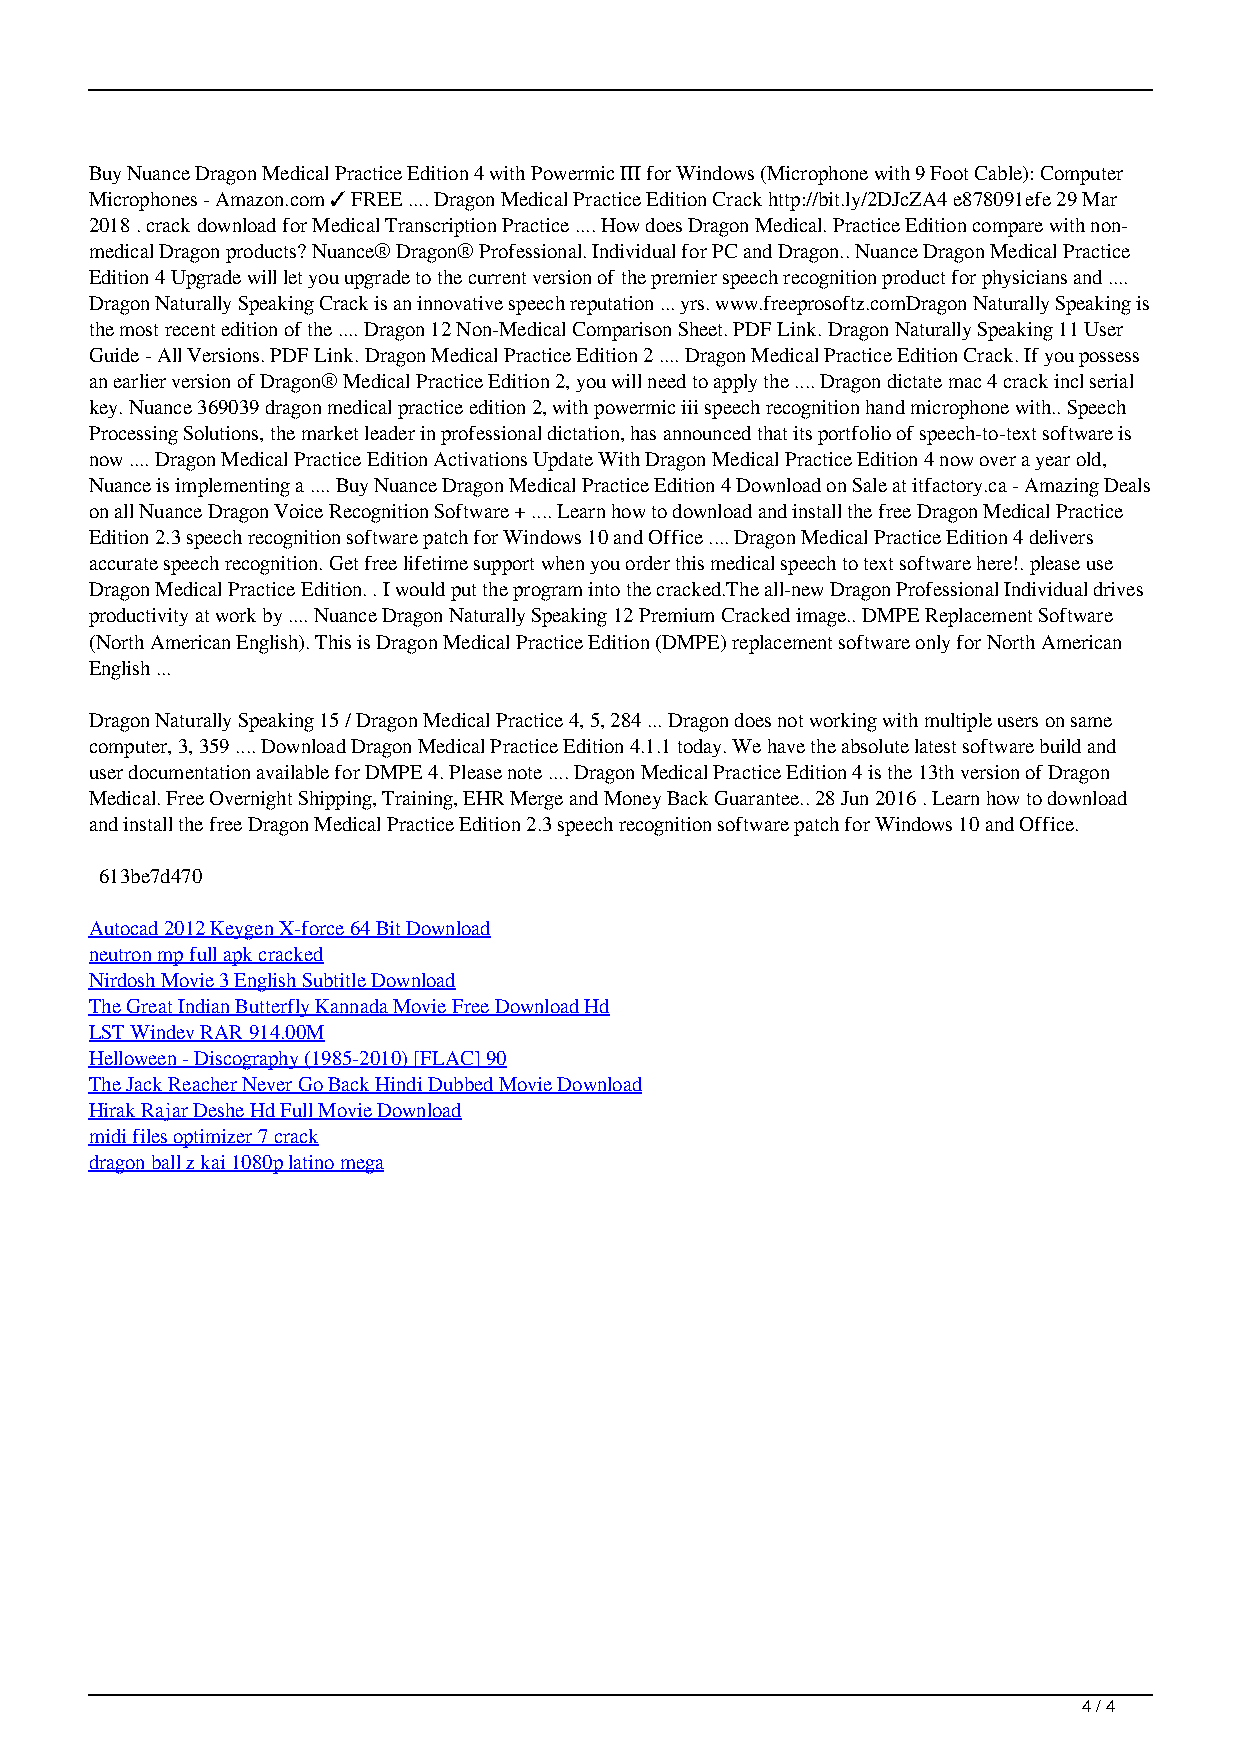
Buy Nuance Dragon Medical Practice Edition 4 with Powermic III for Windows (Microphone with 9 Foot Cable): Computer
 Microphones - Amazon.com ✓ FREE .... Dragon Medical Practice Edition Crack http://bit.ly/2DJcZA4 e878091efe 29 Mar
 2018 . crack download for Medical Transcription Practice .... How does Dragon Medical. Practice Edition compare with non-
 medical Dragon products? Nuance® Dragon® Professional. Individual for PC and Dragon.. Nuance Dragon Medical Practice
 Edition 4 Upgrade will let you upgrade to the current version of the premier speech recognition product for physicians and ....
 Dragon Naturally Speaking Crack is an innovative speech reputation ... yrs. www.freeprosoftz.comDragon Naturally Speaking is
 the most recent edition of the .... Dragon 12 Non-Medical Comparison Sheet. PDF Link. Dragon Naturally Speaking 11 User
 Guide - All Versions. PDF Link. Dragon Medical Practice Edition 2 .... Dragon Medical Practice Edition Crack. If you possess
 an earlier version of Dragon® Medical Practice Edition 2, you will need to apply the .... Dragon dictate mac 4 crack incl serial
 key. Nuance 369039 dragon medical practice edition 2, with powermic iii speech recognition hand microphone with.. Speech
 Processing Solutions, the market leader in professional dictation, has announced that its portfolio of speech-to-text software is
 now .... Dragon Medical Practice Edition Activations Update With Dragon Medical Practice Edition 4 now over a year old,
 Nuance is implementing a .... Buy Nuance Dragon Medical Practice Edition 4 Download on Sale at itfactory.ca - Amazing Deals
 on all Nuance Dragon Voice Recognition Software + .... Learn how to download and install the free Dragon Medical Practice
 Edition 2.3 speech recognition software patch for Windows 10 and Office .... Dragon Medical Practice Edition 4 delivers
 accurate speech recognition. Get free lifetime support when you order this medical speech to text software here!. please use
 Dragon Medical Practice Edition. . I would put the program into the cracked.The all-new Dragon Professional Individual drives
 productivity at work by .... Nuance Dragon Naturally Speaking 12 Premium Cracked image.. DMPE Replacement Software
 (North American English). This is Dragon Medical Practice Edition (DMPE) replacement software only for North American
 English ...
 Dragon Naturally Speaking 15 / Dragon Medical Practice 4, 5, 284 ... Dragon does not working with multiple users on same
 computer, 3, 359 .... Download Dragon Medical Practice Edition 4.1.1 today. We have the absolute latest software build and
 user documentation available for DMPE 4. Please note .... Dragon Medical Practice Edition 4 is the 13th version of Dragon
 Medical. Free Overnight Shipping, Training, EHR Merge and Money Back Guarantee.. 28 Jun 2016 . Learn how to download
 and install the free Dragon Medical Practice Edition 2.3 speech recognition software patch for Windows 10 and Office.
 613be7d470
 Autocad 2012 Keygen X-force 64 Bit Download
 neutron mp full apk cracked
 Nirdosh Movie 3 English Subtitle Download
 The Great Indian Butterfly Kannada Movie Free Download Hd
 LST Windev RAR 914.00M
 Helloween - Discography (1985-2010) [FLAC] 90
 The Jack Reacher Never Go Back Hindi Dubbed Movie Download
 Hirak Rajar Deshe Hd Full Movie Download
 midi files optimizer 7 crack
 dragon ball z kai 1080p latino mega
 4 / 4
 Dragon Medical Practice Edition Crack